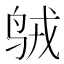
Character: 𱉣